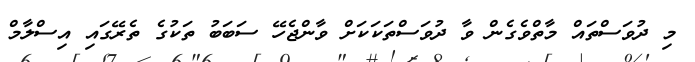
މި ދުވަސްތައް މާތްވެގެން ވާ ދުވަސްތަކަކަށް ވާންޖެހޭ ސަބަބު ތަކުގެ ތެރޭގައި އިސްލާމް